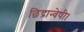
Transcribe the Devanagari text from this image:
छिद्रान्वेषी।